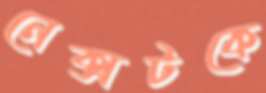
নেক্সটকে